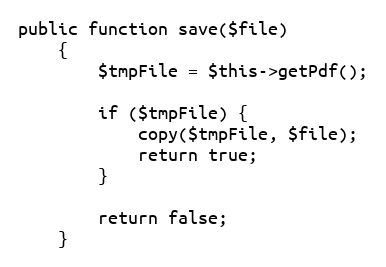
Language: PHP
public function save($file)
    {
        $tmpFile = $this->getPdf();

        if ($tmpFile) {
            copy($tmpFile, $file);
            return true;
        }

        return false;
    }